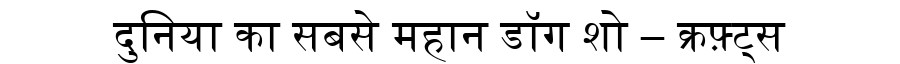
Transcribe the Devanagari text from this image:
दुनिया का सबसे महान डॉग शो – क्रफ़्ट्स